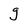
Character: g